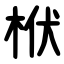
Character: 栿